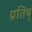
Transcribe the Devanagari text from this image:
प्रतिष्